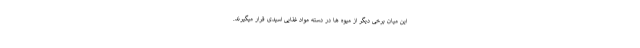
این میان برخی دیگر از میوه ها در دسته مواد غذایی اسیدی قرار میگیرند.